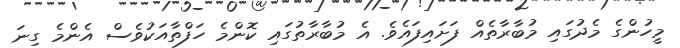
މީހުންގެ މެދުގައި މުބާރާތެއް ފަށައިފައެވެ. އެ މުބާރާތުގައި ކޮންމެ ހަފްތާއަކުވެސް އެންމެ ގިނަ